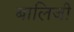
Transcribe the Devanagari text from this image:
बालिजी